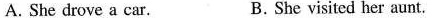
A. She drove a car. B.She visited her aunt.